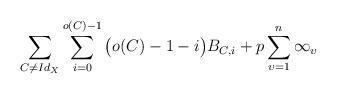
LaTeX: \begin{align*}\sum_{C \neq Id_{X}}\sum_{i=0}^{o(C)-1}\big(o(C)-1-i\big)B_{C,i}+p\sum_{\upsilon=1}^{n}\infty_{\upsilon} \end{align*}